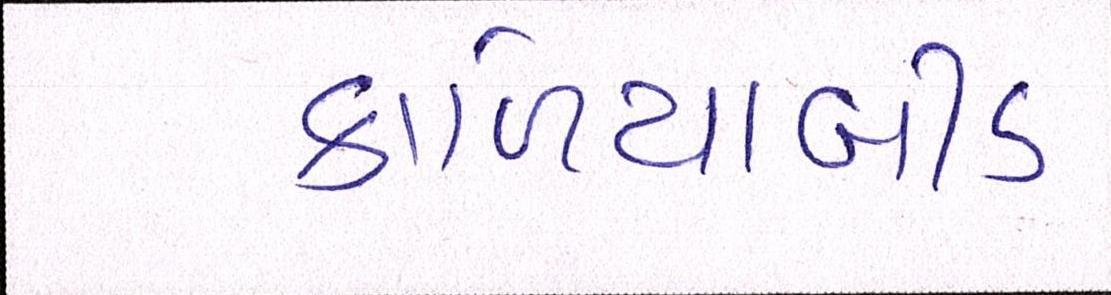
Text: કાળિયાબીડ